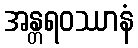
အန္တရဝဿာနံ